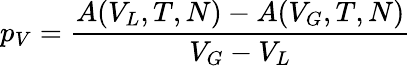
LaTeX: p_{V}={\frac{A(V_{L},T,N)-A(V_{G},T,N)}{V_{G}-V_{L}}}